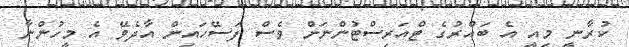
ކުރާނީ މިއީ އެ ބައްރުގެ ޓްއަރިސްޓުންނަށް ވެސް ފަސޭހައިން އާދެވޭ އެ މީހުންނާ